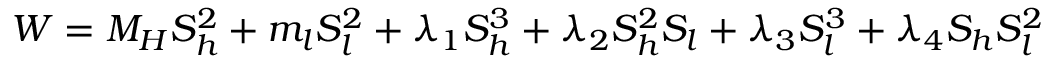
W = M _ { H } S _ { h } ^ { 2 } + m _ { l } S _ { l } ^ { 2 } + \lambda _ { 1 } S _ { h } ^ { 3 } + \lambda _ { 2 } S _ { h } ^ { 2 } S _ { l } + \lambda _ { 3 } S _ { l } ^ { 3 } + \lambda _ { 4 } S _ { h } S _ { l } ^ { 2 }